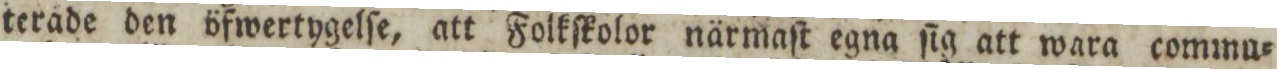
terade den öfwertygelſe, att Folkſkolor närmaſt egna ſig att wara commu=